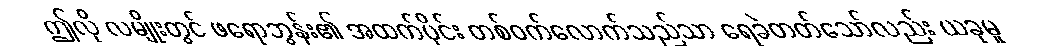
ဤလို လမျိုးတွင် ဖရောဘွန်း၏ အထက်ပိုင်း တစ်ဝက်လောက်သည်သာ ရေခဲတတ်သော်လည်း ယခုမူ